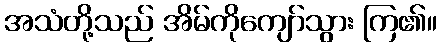
အသံတို့သည် အိမ်ကိုကျော်သွား ကြ၏။